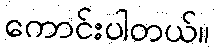
ကောင်းပါတယ်။